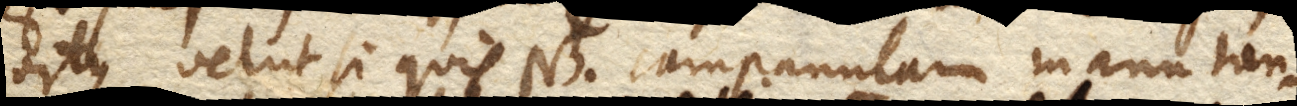
ortus, velut si quis NB. campanulam manu tan–